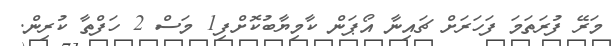
މަރޭ ފުރަތަމަ ފަހަރަށް ޗައިނާ އޯޕަން ކާމިޔާބުކޮށްފި1 މަސް 2 ހަފްތާ ކުރިން.